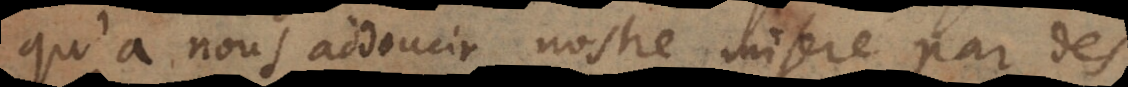
qu’à nous addoucir nostre misere par des